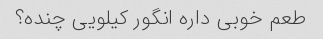
طعم خوبی داره انگور کیلویی چنده؟